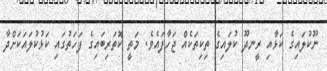
ނޫކުލައިގެ ކަޅާއި ރީނދޫ ކުލައިގެ ތިކިތަކެއް ޖަހާފައެވެ. މަތީ ކޮތަރިބައިގެ ފަހަތުގައި ކަޅުކުލައަކަށްދާ